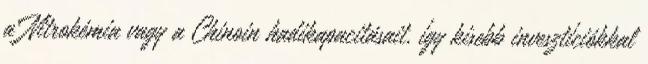
a Nitrokémia vagy a Chinoin hadikapacitásait, így kisebb invesztíciókkal